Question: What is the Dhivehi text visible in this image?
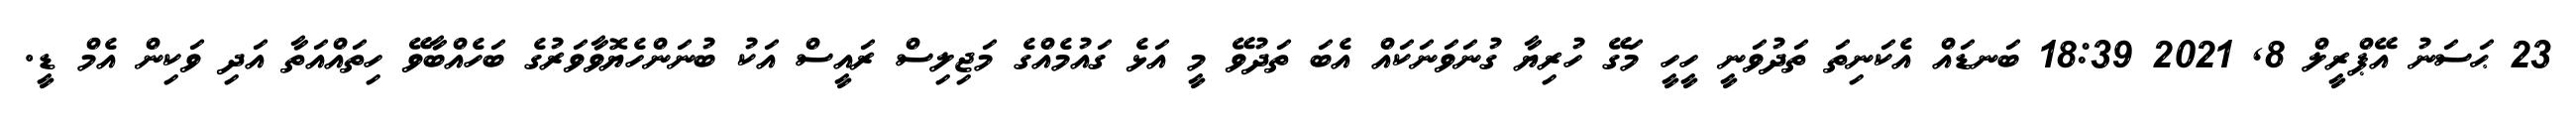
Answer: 23 ޙަސަނު އޭޕްރީލް 8, 2021 18:39 ބަނޑައް އެކަނިތަ ތަދުވަނީ ހީހީ މަގޭ ހުރިޔާ ގުނަވަނަކައް އެބަ ތަދުވޭ މީ އަޅެ ގައުމެއްގެ މަޖިލިސް ރައީސް އަކު ބުނަންހެޔޮވާވަރުގެ ބަހެއްބާވޭ ހިތައްއަތާ އަދި ވަކިން އެމް ޑީ.